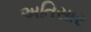
અતિસાર